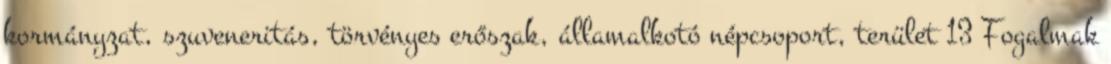
kormányzat, szuveneritás, törvényes erőszak, államalkotó népcsoport, terület 13 Fogalmak